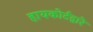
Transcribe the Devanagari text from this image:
हायकोर्टद्वारे